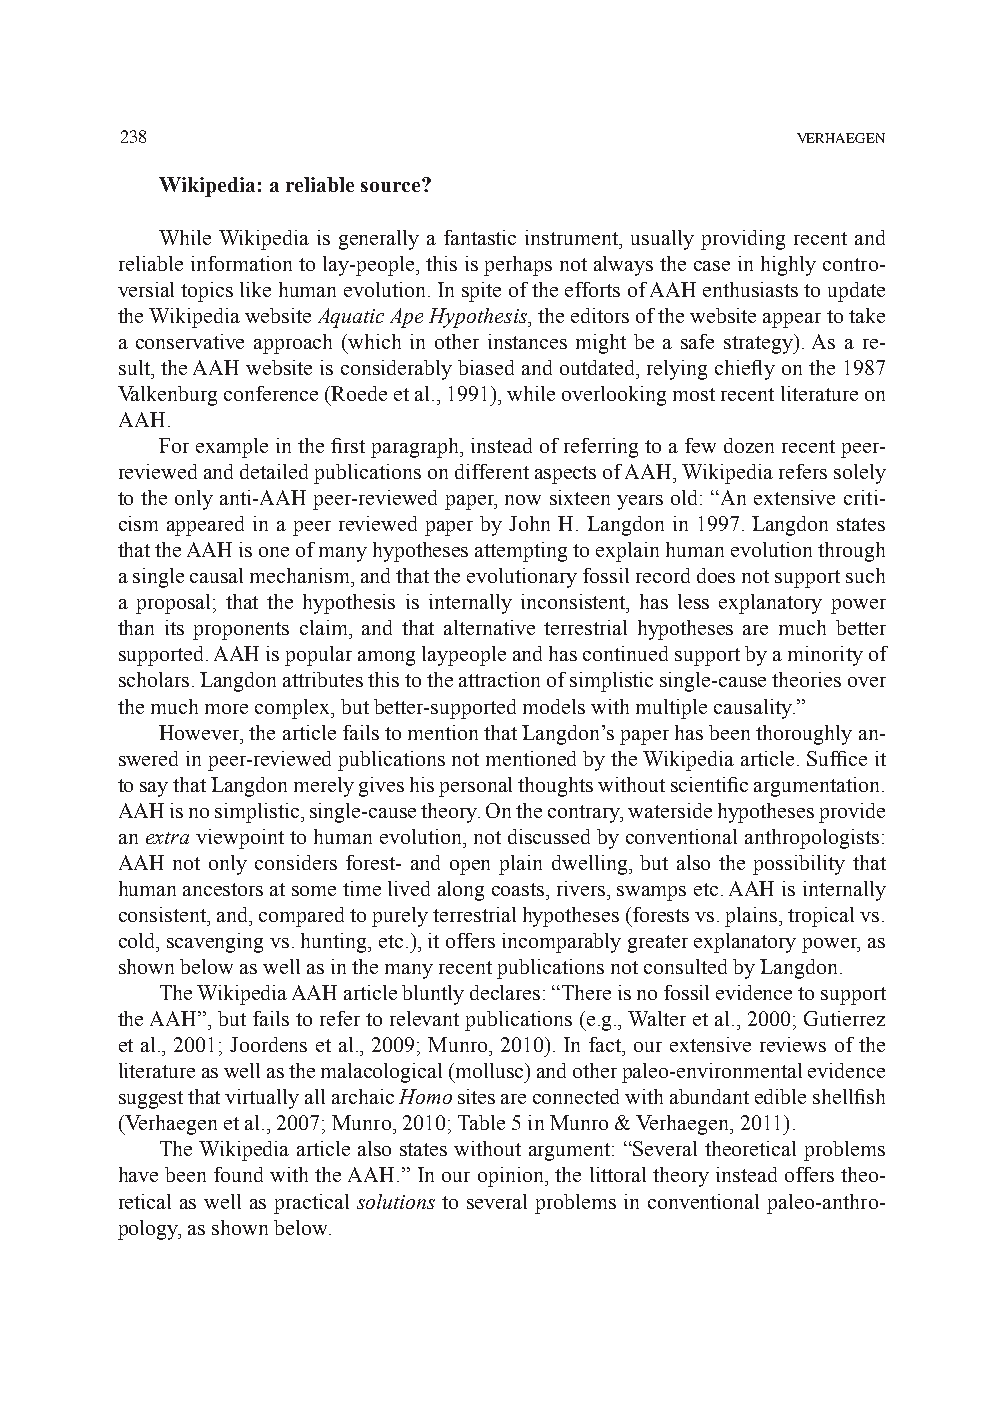
223388                                       VERHAEGEN
 Wikipedia: a reliable source?
 While Wikipedia is generally a fantastic instrument, usually providing recent and
 reliable information to lay-people, this is perhaps not always the case in highly contro-
 versial topics like human evolution. In spite of the efforts of AAH enthusiasts to update
 the Wikipedia website Aquatic Ape Hypothesis, the editors of the website appear to take
 a conservative approach (which in other instances might be a safe strategy). As a re-
 sult, the AAH website is considerably biased and outdated, relying chiefly on the 1987
 Valkenburg conference (Roede et al., 1991), while overlooking most recent literature on
 AAH.
 For example in the first paragraph, instead of referring to a few dozen recent peer-
 reviewed and detailed publications on different aspects of AAH, Wikipedia refers solely
 to the only anti-AAH peer-reviewed paper, now sixteen years old: “An extensive criti-
 cism appeared in a peer reviewed paper by John H. Langdon in 1997. Langdon states
 that the AAH is one of many hypotheses attempting to explain human evolution through
 a single causal mechanism, and that the evolutionary fossil record does not support such
 a proposal; that the hypothesis is internally inconsistent, has less explanatory power
 than its proponents claim, and that alternative terrestrial hypotheses are much better
 supported. AAH is popular among laypeople and has continued support by a minority of
 scholars. Langdon attributes this to the attraction of simplistic single-cause theories over
 the much more complex, but better-supported models with multiple causality.”
 However, the article fails to mention that Langdon’s paper has been thoroughly an-
 swered in peer-reviewed publications not mentioned by the Wikipedia article. Suffice it
 to say that Langdon merely gives his personal thoughts without scientific argumentation.
 AAH is no simplistic, single-cause theory. On the contrary, waterside hypotheses provide
 an extra viewpoint to human evolution, not discussed by conventional anthropologists:
 AAH not only considers forest- and open plain dwelling, but also the possibility that
 human ancestors at some time lived along coasts, rivers, swamps etc. AAH is internally
 consistent, and, compared to purely terrestrial hypotheses (forests vs. plains, tropical vs.
 cold, scavenging vs. hunting, etc.), it offers incomparably greater explanatory power, as
 shown below as well as in the many recent publications not consulted by Langdon.
 The Wikipedia AAH article bluntly declares: “There is no fossil evidence to support
 the AAH”, but fails to refer to relevant publications (e.g., Walter et al., 2000; Gutierrez
 et al., 2001; Joordens et al., 2009; Munro, 2010). In fact, our extensive reviews of the
 literature as well as the malacological (mollusc) and other paleo-environmental evidence
 suggest that virtually all archaic Homo sites are connected with abundant edible shellfish
 (Verhaegen et al., 2007; Munro, 2010; Table 5 in Munro & Verhaegen, 2011).
 The Wikipedia article also states without argument: “Several theoretical problems
 have been found with the AAH.” In our opinion, the littoral theory instead offers theo-
 retical as well as practical solutions to several problems in conventional paleo-anthro-
 pology, as shown below.